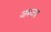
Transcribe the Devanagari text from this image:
जबजब